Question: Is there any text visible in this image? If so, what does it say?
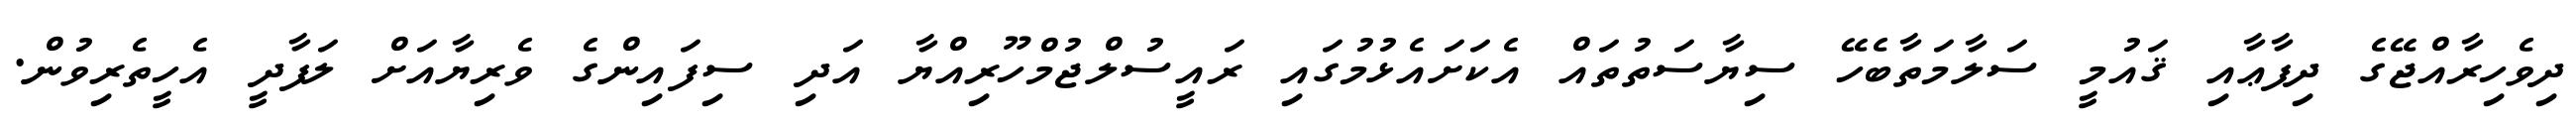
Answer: ދިވެހިރާއްޖޭގެ ދިފާޢާއި ޤައުމީ ސަލާމަތާބެހޭ ސިޔާސަތުތައް އެކަށައެޅުމުގައި ރައީސުލްޖުމްހޫރިއްޔާ އަދި ސިފައިންގެ ވެރިޔާއަށް ލަފާދީ އެހީތެރިވުން.